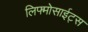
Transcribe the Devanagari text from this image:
लिफ्मोसाईट्स